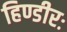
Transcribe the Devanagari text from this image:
हिण्डीरः